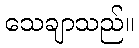
သေချာသည်။